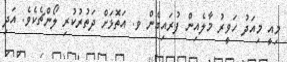
މިއީ މިއަދު ހަވީރު މާލެއިން ފުރައިގެން ވ. އަތޮޅަށް ދަތުރުކުރި ލޯންޗެކެވެ. އަދި